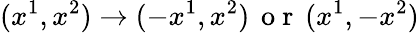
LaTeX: (x^{1},x^{2})\rightarrow(-x^{1},x^{2})\, \mathrm{~o~r~}\, (x^{1},-x^{2})